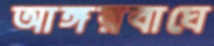
আঙ্গরবাঘে